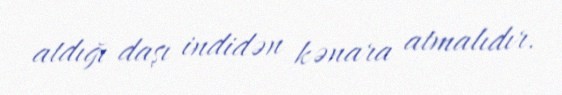
atdığı daşı indidən kənara atmalıdır.